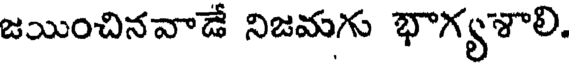
జయించినవాడే నిజమగు భాగ్యశాలి.